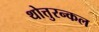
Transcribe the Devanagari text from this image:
थोत्तुरन्कल